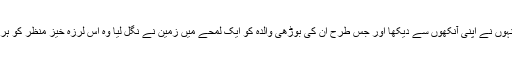
روری کا کہنا ہے کہ یہ وحشتناک منظر انہوں نے اپنی آنکھوں سے دیکھا اور جس طرح اُن کی بوڑھی والدہ کو ایک لمحے میں زمین نے نگل لیا وہ اس لرزہ خیز منظر کو ہر وقت اپنی آنکھوں کے سامنے دیکھتی ہیں۔